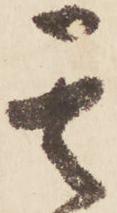
其